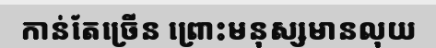
កាន់តែច្រើន ព្រោះមនុស្សមានលុយ